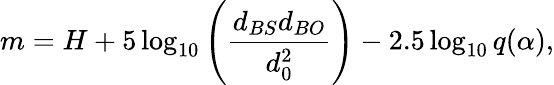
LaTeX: m=H+5\log_{10}{\left({\frac{d_{BS}d_{BO}}{d_{0}^{2}}}\right)}-2.5\log_{10}{q(\alpha)},